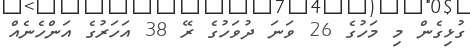
ގުޅިގެން މި މަހުގެ 26 ވަނަ ދުވަހުގެ ރޭ 38 އަހަރުގެ އަންހެނެއް